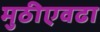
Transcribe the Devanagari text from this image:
मुठीएवढा